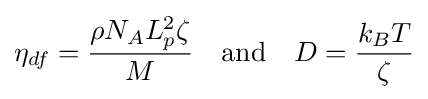
\eta _{df}={\frac {\rho N_{A}L_{p}^{2}\zeta }{M}}\quad {\text{and}}\quad D={\frac {k_{B}T}{\zeta }}